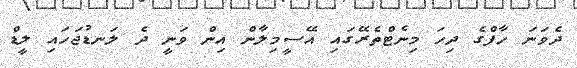
ދެވަނަ ހާފްގެ ދިހަ މިނެޓްތެރޭގައި އޭސީމިލާން އިން ވަނީ ދެ ލަނޑުޖަހައި ލީޑް